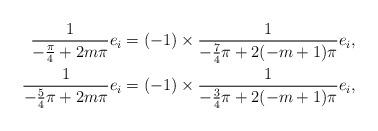
LaTeX: \begin{align*}\frac{1}{- \frac{\pi}{4} + 2 m \pi} e_i&=(-1) \times \frac{1}{- \frac{7}{4}\pi + 2 (- m+1) \pi} e_i,\\\frac{1}{- \frac{5}{4}\pi + 2 m \pi} e_i&=(-1) \times \frac{1}{- \frac{3}{4}\pi + 2 (- m+1) \pi} e_i,\end{align*}